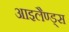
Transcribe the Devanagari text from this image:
आइलैण्ड्स